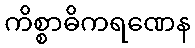
ကိစ္စာဓိကရဏေန